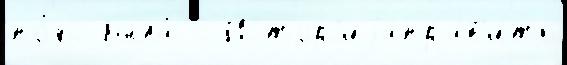
по́яс была́ г Истор'иjаправ'ить